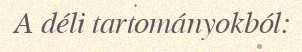
A déli tartományokból: